Lunatic asylums Bombay report 1878-1890 - 1878-1890
Year: 1878
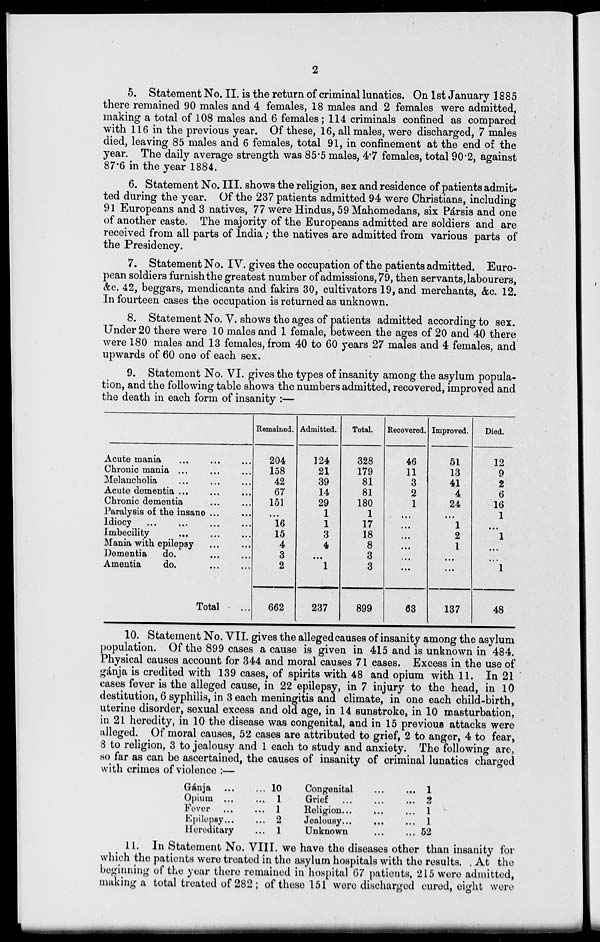
2
5. Statement No. II. is the return of criminal lunatics. On 1st January 1885
there remained 90 males and 4 females, 18 males and 2 females were admitted,
making a total of 108 males and 6 females; 114 criminals confined as compared
with 116 in the previous year. Of these, 16, all males, were discharged, 7 males
died, leaving 85 males and 6 females, total 91, in confinement at the end of the
year. The daily average strength was 85.5 males, 4.7 females, total 90.2, against
87.6 in the year 1884.
6. Statement No. III. shows the religion, sex and residence of patients admit-
ted during the year. Of the 237 patients admitted 94 were Christians, including
91 Europeans and 3 natives, 77 were Hindus, 59 Mahomedans, six Pársis and one
of another caste. The majority of the Europeans admitted are soldiers and are
received from all parts of India; the natives are admitted from various parts of
the Presidency.
7. Statement No. IV. gives the occupation of the patients admitted. Euro-
pean soldiers furnish the greatest number of admissions, 79, then servants, labourers,
&c. 42, beggars, mendicants and fakirs 30, cultivators 19, and merchants, &c. 12.
In fourteen cases the occupation is returned as unknown.
8. Statement No. V. shows the ages of patients admitted according to sex.
Under 20 there were 10 males and 1 female, between the ages of 20 and 40 there
were 180 males and 13 females, from 40 to 60 years 27 males and 4 females, and
upwards of 60 one of each sex.
9. Statement No. VI. gives the types of insanity among the asylum popula-
tion, and the following table shows the numbers admitted, recovered, improved and
the death in each form of insanity :—
Acute mania ... ... ...
Chronic mania ... ... ...
Melancholia ... ... ...
Acute dementia ... ... ...
Chronic dementia ... ...
Paralysis of the insane ... ...
Idiocy ... ... ... ...
Imbecility ... ... ...
Mania with epilepsy ... ...
Dementia
do. ... ...
Amentia
do. ... ...
Total ...
Remained.
204
158
42
67
151
...
16
15
4
3
2
662
Admitted.
124
21
39
14
29
1
1
3
4
...
1
237
Total.
328
179
81
81
180
1
17
18
8
3
3
899
Recovered.
46
11
3
2
1
...
...
...
...
...
...
63
Improved.
51
13
41
4
24
...
1
2
1
...
...
137
Died.
12
9
2
6
16
1
...
1
...
...
1
48
10. Statement No. VII. gives the alleged causes of insanity among the asylum
population. Of the 899 cases a cause is given in 415 and is unknown in 484.
Physical causes account for 344 and moral causes 71 cases. Excess in the use of
gánja is credited with 139 cases, of spirits with 48 and opium with 11. In 21
cases fever is the alleged cause, in 22 epilepsy, in 7 injury to the head, in 10
destitution, 6 syphilis, in 3 each meningitis and climate, in one each child-birth,
uterine disorder, sexual excess and old age, in 14 sunstroke, in 10 masturbation,
in 21 heredity, in 10 the disease was congenital, and in 15 previous attacks were
alleged. Of moral causes, 52 cases are attributed to grief, 2 to anger, 4 to fear,
8 to religion, 3 to jealousy and 1 each to study and anxiety. The following are,
so far as can be ascertained, the causes of insanity of criminal lunatics charged
with crimes of violence :—
Gánja
...
...
Opium ... ...
Fever ... ...
Epilepsy ... ...
Hereditary ...
10
1
1
2
1
Congenital ... ..
Grief ... ... ...
Religion ... ... ...
Jealousy ... ...
Unknown
...
...
1
2
1
1
52
11. In Statement No. VIII. we have the diseases other than insanity for
which the patients were treated in the asylum hospitals with the results. At the
beginning of the year there remained in hospital 67 patients, 215 were admitted,
making a total treated of 282 ; of these 151 were discharged cured, eight were